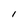
Character: I